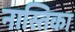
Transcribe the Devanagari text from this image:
नास्तिका